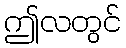
ဤလတွင်